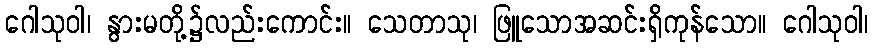
ဂေါသုဝါ၊ နွားမတို့၌လည်းကောင်း။ သေတာသု၊ ဖြူသောအဆင်းရှိကုန်သော။ ဂေါသုဝါ၊